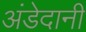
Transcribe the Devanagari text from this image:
अंडेदानी